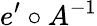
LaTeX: e^{\prime}\circ A^{-1}